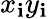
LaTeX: x_{\mathbf{i}}y_{\mathbf{i}}